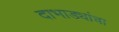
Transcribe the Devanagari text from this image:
दाभाड्यांचा